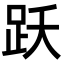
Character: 跃